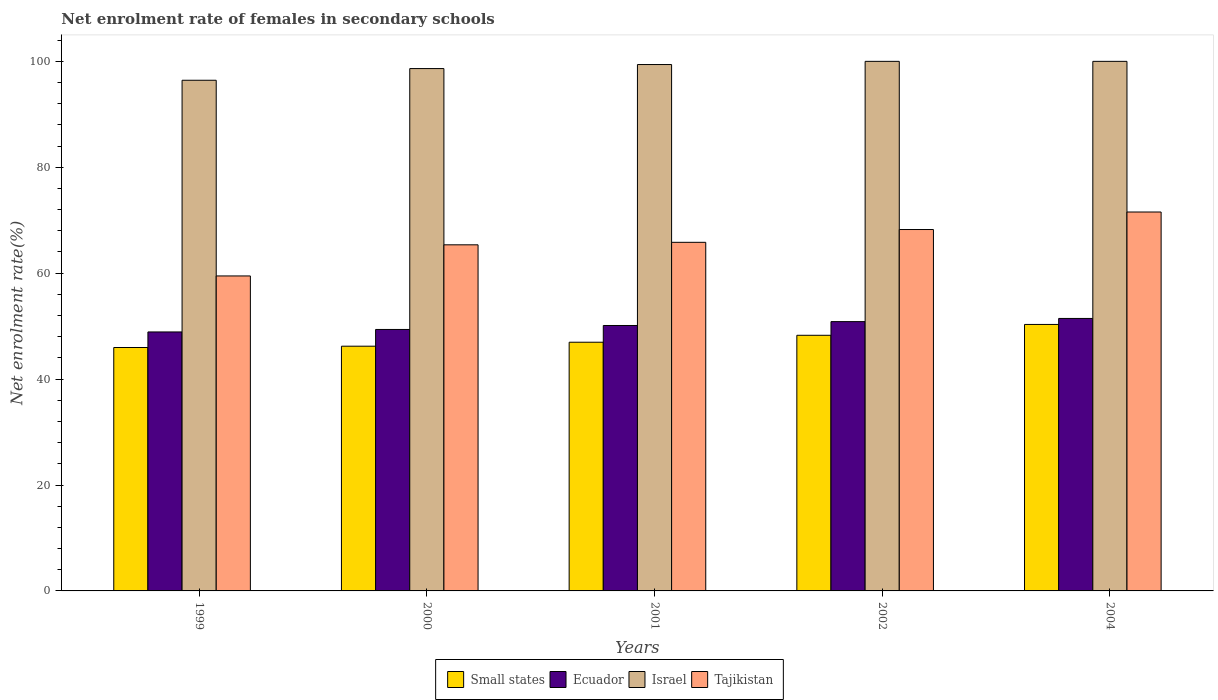
| Years | Small states | Ecuador | Israel | Tajikistan |
 | --- | --- | --- | --- | --- |
 | 1999 | 46 | 48.9 | 96.4 | 59.5 |
 | 2000 | 46.2 | 49.4 | 98.6 | 65.4 |
 | 2001 | 47 | 50.1 | 99.4 | 65.8 |
 | 2002 | 48.3 | 50.9 | 100 | 68.2 |
 | 2004 | 50.3 | 51.5 | 100 | 71.6 |